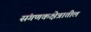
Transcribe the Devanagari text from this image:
संगणकक्षेत्रातील